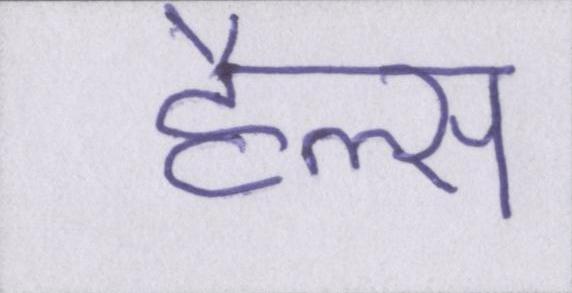
हैल्स